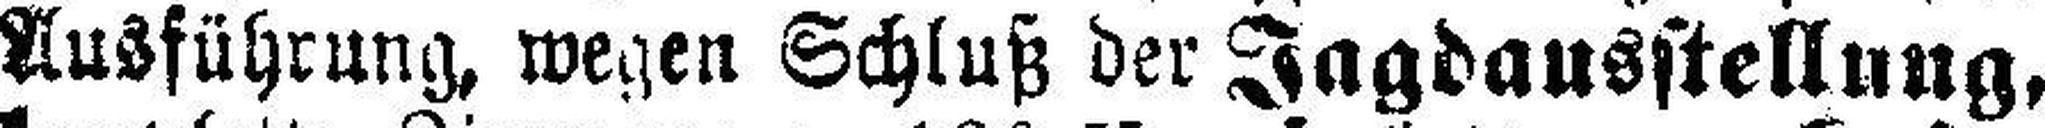
Ausführung, wegen Schluß der Jagdausstellung,